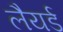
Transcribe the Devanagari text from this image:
लैयर्ड